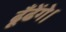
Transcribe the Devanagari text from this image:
ढूँढेंगे।